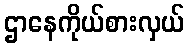
ဌာနေကိုယ်စားလှယ်